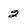
Character: 2